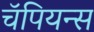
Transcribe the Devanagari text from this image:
चॅपियन्स